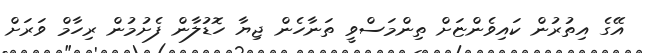
އޭގެ އިތުރުން ކައިވެންޏަށް ތިންމަސްވީ ތަނާހެން ޖިޔާ ހޮޑުލާން ފެށުމުން ރިހާމް ވަރަށް